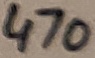
Text: 470